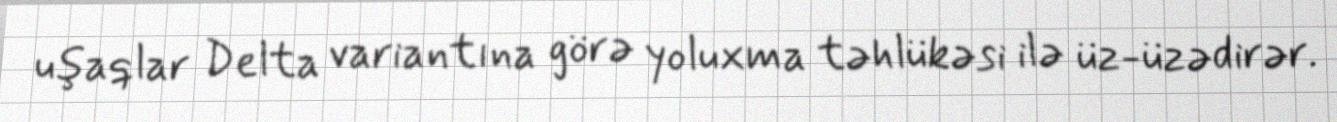
uşaqlar Delta variantına görə yoluxma təhlükəsi ilə üz-üzədirər.